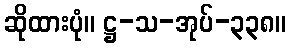
ဆိုထားပုံ။ ဋ္ဌ-သ-အုပ်-၃၃၈။